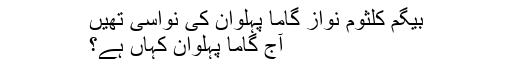
بیگم کلثوم نواز گاما پہلوان کی نواسی تھیں
آج گاما پہلوان کہاں ہے؟